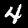
Digit: 4